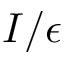
I / \epsilon